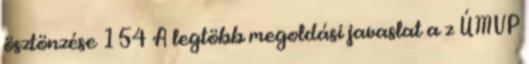
ösztönzése 154 A legtöbb megoldási javaslat a z ÚMVP